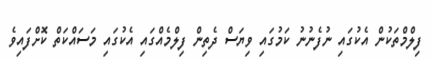
ފިލްމްތަކުން އެކުގައި ނުފެނުނު ކަމުގައި ވިޔަސް ދެތިން ފިލްމެއްގައި އެކުގައި މަސައްކަތް ކޮށްފައިވެ